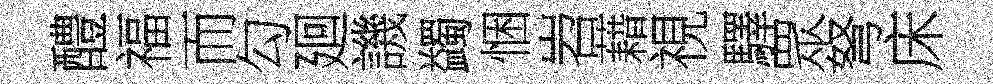
醴福而勾廻譏蠲悃岧藉視驛眾弩床